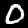
Label: 0